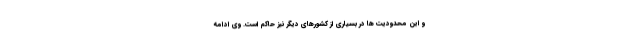
و این محدودیت ها در بسیاری از کشورهای دیگر نیز حاکم است. وی ادامه